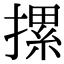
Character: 摞